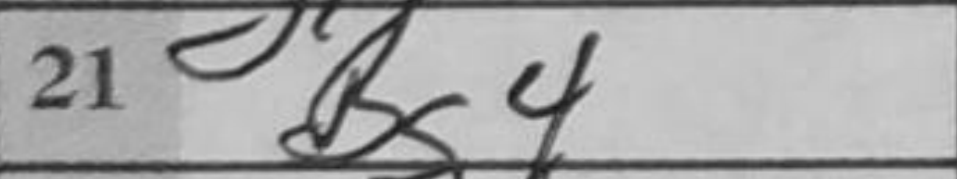
Transcription: Bg4